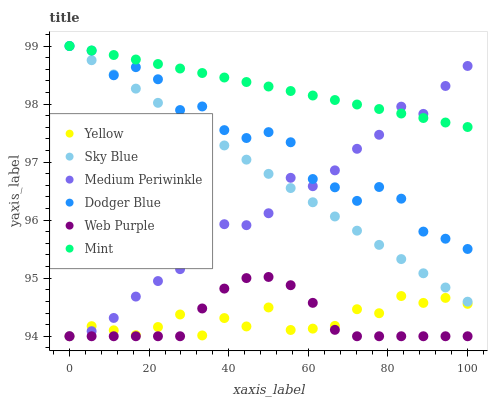
| xaxis_label | Yellow | Sky Blue | Medium Periwinkle | Dodger Blue | Web Purple | Mint |
 | --- | --- | --- | --- | --- | --- | --- |
 | 0 | 94 | 99 | 94 | 99 | 94 | 99 |
 | 5.56 | 94.2 | 98.8 | 94.1 | 98.9 | 94 | 98.9 |
 | 11.1 | 94.1 | 98.5 | 94.3 | 98.5 | 94 | 98.8 |
 | 16.7 | 94 | 98.3 | 94.7 | 98.6 | 94 | 98.8 |
 | 22.2 | 94.2 | 98 | 95 | 98.4 | 94 | 98.7 |
 | 27.8 | 94.4 | 97.8 | 95.2 | 97.9 | 94 | 98.6 |
 | 33.3 | 94 | 97.5 | 95.7 | 98 | 94.5 | 98.5 |
 | 38.9 | 94.3 | 97.3 | 95.9 | 97.6 | 94.8 | 98.5 |
 | 44.4 | 94.2 | 97 | 95.9 | 97.4 | 95 | 98.4 |
 | 50 | 94.5 | 96.8 | 96.1 | 97.5 | 95 | 98.3 |
 | 55.6 | 94.1 | 96.6 | 96.7 | 97.3 | 94.9 | 98.2 |
 | 61.1 | 94.1 | 96.3 | 96.6 | 96.7 | 94.6 | 98.1 |
 | 66.7 | 94.2 | 96.1 | 96.9 | 96.6 | 94.1 | 98.1 |
 | 72.2 | 94.5 | 95.8 | 97.2 | 96.3 | 94 | 98 |
 | 77.8 | 94.4 | 95.6 | 97.5 | 96.6 | 94 | 97.9 |
 | 83.3 | 94.7 | 95.3 | 98 | 96.4 | 94 | 97.8 |
 | 88.9 | 94.6 | 95.1 | 97.8 | 95.8 | 94 | 97.8 |
 | 94.4 | 94.7 | 94.8 | 98.3 | 95.7 | 94 | 97.7 |
 | 100 | 94.6 | 94.6 | 98.7 | 95.5 | 94 | 97.6 |